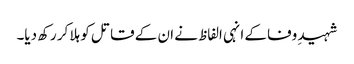
شہیدِ وفا کے انہی الفاظ نے ان کے قاتل کو ہلا کر رکھ دیا۔